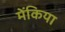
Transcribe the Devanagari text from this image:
मेंकिया